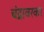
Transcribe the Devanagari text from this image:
चंद्रावरकर